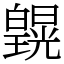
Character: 皩